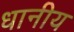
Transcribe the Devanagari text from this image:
धानीय